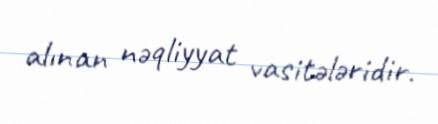
alınan nəqliyyat vasitələridir.